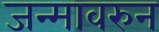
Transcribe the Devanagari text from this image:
जन्मावरुन